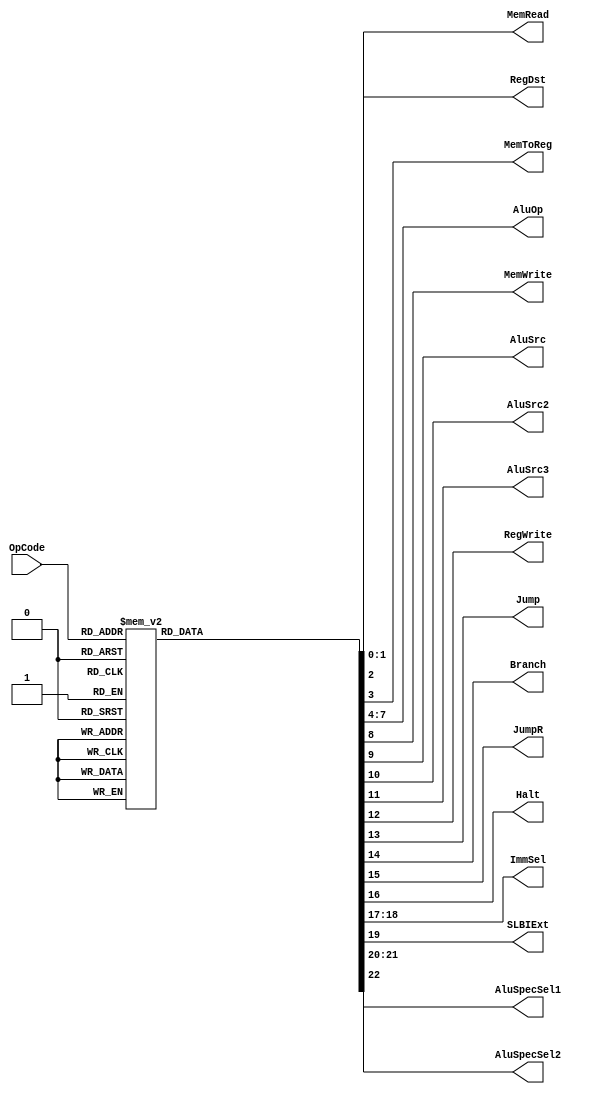
module control(OpCode, RegDst, MemRead, MemToReg, AluOp, MemWrite, AluSrc, AluSrc2, AluSrc3, RegWrite, Jump, Branch, JumpR, Halt, ImmSel, SLBIExt, AluSpecSel1, AluSpecSel2);

input[4:0] OpCode;
output reg[1:0] RegDst, ImmSel, AluSpecSel1;
output reg MemRead, MemToReg, MemWrite, AluSrc, AluSrc2, AluSrc3, RegWrite, Jump, Branch, JumpR, Halt, SLBIExt, AluSpecSel2;
output reg[3:0] AluOp;


always @ (OpCode)
case(OpCode)

5'b00000: begin
RegDst = 2'b00;
MemRead = 1'b0;
MemToReg = 1'b0;
AluOp = 4'b0000;
MemWrite = 1'b0;
AluSrc = 1'b0;
AluSrc2 = 1'b0;
AluSrc3 = 1'b0;
RegWrite = 1'b0;
Jump = 1'b0;
Branch =1'b0;
JumpR = 1'b0;
Halt = 1'b1;
ImmSel = 2'b00;
SLBIExt = 1'b0;
AluSpecSel1 = 2'b00;
AluSpecSel2 = 1'b0;
end
/////////////////////////////////

5'b00001: begin
RegDst = 2'b00;
MemRead = 1'b0;
MemToReg = 1'b0;
AluOp = 4'b0000;
MemWrite = 1'b0;
AluSrc = 1'b0;
AluSrc2 = 1'b0;
AluSrc3 = 1'b0;
RegWrite = 1'b0;
Jump = 1'b0;
Branch =1'b0;
JumpR = 1'b0;
Halt = 1'b0;
ImmSel = 2'b00;
SLBIExt = 1'b0;
AluSpecSel1 = 2'b00;
AluSpecSel2 = 1'b0;
end
/////////////////////////////////

//5'b00010: begin

//end
/////////////////////////////////

//5'b00011: begin

//end
/////////////////////////////////

5'b00100: begin
RegDst = 2'b00;
MemRead = 1'b0;
MemToReg = 1'b0;
AluOp = 4'b0000;
MemWrite = 1'b0;
AluSrc = 1'b0;
AluSrc2 = 1'b0;
AluSrc3 = 1'b0;
RegWrite = 1'b0;
Jump = 1'b1;
Branch =1'b0;
JumpR = 1'b0;
Halt = 1'b0;
ImmSel = 2'b00;
SLBIExt = 1'b0;
AluSpecSel1 = 2'b00;
AluSpecSel2 = 1'b0;
end
/////////////////////////////////

5'b00101: begin
RegDst = 2'b00;
MemRead = 1'b0;
MemToReg = 1'b0;
AluOp = 4'b0000;
MemWrite = 1'b0;
AluSrc = 1'b0;
AluSrc2 = 1'b0;
AluSrc3 = 1'b0;
RegWrite = 1'b0;
Jump = 1'b1;
Branch =1'b0;
JumpR = 1'b1;
Halt = 1'b0;
ImmSel = 2'b00;
SLBIExt = 1'b0;
AluSpecSel1 = 2'b00;
AluSpecSel2 = 1'b0;
end
/////////////////////////////////

5'b00110: begin
RegDst = 2'b11;
MemRead = 1'b0;
MemToReg = 1'b0;
AluOp = 4'b1110;
MemWrite = 1'b0;
AluSrc = 1'b0;
AluSrc2 = 1'b1;
AluSrc3 = 1'b1;
RegWrite = 1'b1;
Jump = 1'b1;
Branch =1'b0;
JumpR = 1'b0;
Halt = 1'b0;
ImmSel = 2'b00;
SLBIExt = 1'b0;
AluSpecSel1 = 2'b00;
AluSpecSel2 = 1'b0;
end
/////////////////////////////////

5'b00111: begin
RegDst = 2'b11;
MemRead = 1'b0;
MemToReg = 1'b0;
AluOp = 4'b1110;
MemWrite = 1'b0;
AluSrc = 1'b0;
AluSrc2 = 1'b1;
AluSrc3 = 1'b1;
RegWrite = 1'b1;
Jump = 1'b1;
Branch =1'b0;
JumpR = 1'b1;
Halt = 1'b0;
ImmSel = 2'b00;
SLBIExt = 1'b0;
AluSpecSel1 = 2'b00;
AluSpecSel2 = 1'b0;
end
/////////////////////////////////

5'b01000: begin
RegDst = 2'b00;
MemRead = 1'b0;
MemToReg = 1'b0;
AluOp = 4'b0100;
MemWrite = 1'b0;
AluSrc = 1'b1;
AluSrc2 = 1'b0;
AluSrc3 = 1'b0;
RegWrite = 1'b1;
Jump = 1'b0;
Branch =1'b0;
JumpR = 1'b0;
Halt = 1'b0;
ImmSel = 2'b10;
SLBIExt = 1'b0;
AluSpecSel1 = 2'b00;
AluSpecSel2 = 1'b1;
end
/////////////////////////////////

5'b01001: begin
RegDst = 2'b00;
MemRead = 1'b0;
MemToReg = 1'b0;
AluOp = 4'b0100;
MemWrite = 1'b0;
AluSrc = 1'b1;
AluSrc2 = 1'b0;
AluSrc3 = 1'b0;
RegWrite = 1'b1;
Jump = 1'b0;
Branch =1'b0;
JumpR = 1'b0;
Halt = 1'b0;
ImmSel = 2'b10;
SLBIExt = 1'b0;
AluSpecSel1 = 2'b01;
AluSpecSel2 = 1'b1;
end
/////////////////////////////////

5'b01010: begin
RegDst = 2'b00;
MemRead = 1'b0;
MemToReg = 1'b0;
AluOp = 4'b0100;
MemWrite = 1'b0;
AluSrc = 1'b1;
AluSrc2 = 1'b0;
AluSrc3 = 1'b0;
RegWrite = 1'b1;
Jump = 1'b0;
Branch =1'b0;
JumpR = 1'b0;
Halt = 1'b0;
ImmSel = 2'b01;
SLBIExt = 1'b0;
AluSpecSel1 = 2'b10;
AluSpecSel2 = 1'b1;
end
/////////////////////////////////

5'b01011: begin
RegDst = 2'b00;
MemRead = 1'b0;
MemToReg = 1'b0;
AluOp = 4'b0100;
MemWrite = 1'b0;
AluSrc = 1'b1;
AluSrc2 = 1'b0;
AluSrc3 = 1'b0;
RegWrite = 1'b1;
Jump = 1'b0;
Branch =1'b0;
JumpR = 1'b0;
Halt = 1'b0;
ImmSel = 2'b01;
SLBIExt = 1'b0;
AluSpecSel1 = 2'b11;
AluSpecSel2 = 1'b1;
end
/////////////////////////////////

5'b01100: begin
RegDst = 2'b00;
MemRead = 1'b0;
MemToReg = 1'b0;
AluOp = 4'b0110;
MemWrite = 1'b0;
AluSrc = 1'b0;
AluSrc2 = 1'b0;
AluSrc3 = 1'b0;
RegWrite = 1'b0;
Jump = 1'b0;
Branch =1'b1;
JumpR = 1'b0;
Halt = 1'b0;
ImmSel = 2'b00;
SLBIExt = 1'b0;
AluSpecSel1 = 2'b00;
AluSpecSel2 = 1'b0;
end
/////////////////////////////////

5'b01101: begin
RegDst = 2'b00;
MemRead = 1'b0;
MemToReg = 1'b0;
AluOp = 4'b0111;
MemWrite = 1'b0;
AluSrc = 1'b0;
AluSrc2 = 1'b0;
AluSrc3 = 1'b0;
RegWrite = 1'b0;
Jump = 1'b0;
Branch =1'b1;
JumpR = 1'b0;
Halt = 1'b0;
ImmSel = 2'b00;
SLBIExt = 1'b0;
AluSpecSel1 = 2'b00;
AluSpecSel2 = 1'b0;
end
/////////////////////////////////

5'b01110: begin
RegDst = 2'b00;
MemRead = 1'b0;
MemToReg = 1'b0;
AluOp = 4'b1000;
MemWrite = 1'b0;
AluSrc = 1'b0;
AluSrc2 = 1'b0;
AluSrc3 = 1'b0;
RegWrite = 1'b0;
Jump = 1'b0;
Branch =1'b1;
JumpR = 1'b0;
Halt = 1'b0;
ImmSel = 2'b00;
SLBIExt = 1'b0;
AluSpecSel1 = 2'b00;
AluSpecSel2 = 1'b0;
end
/////////////////////////////////

5'b01111: begin
RegDst = 2'b00;
MemRead = 1'b0;
MemToReg = 1'b0;
AluOp = 4'b1001;
MemWrite = 1'b0;
AluSrc = 1'b0;
AluSrc2 = 1'b0;
AluSrc3 = 1'b0;
RegWrite = 1'b0;
Jump = 1'b0;
Branch =1'b1;
JumpR = 1'b0;
Halt = 1'b0;
ImmSel = 2'b00;
SLBIExt = 1'b0;
AluSpecSel1 = 2'b00;
AluSpecSel2 = 1'b0;
end
/////////////////////////////////

5'b10000: begin
RegDst = 2'b00;
MemRead = 1'b0;
MemToReg = 1'b0;
AluOp = 4'b0100;
MemWrite = 1'b1;
AluSrc = 1'b1;
AluSrc2 = 1'b0;
AluSrc3 = 1'b0;
RegWrite = 1'b0;
Jump = 1'b0;
Branch =1'b0;
JumpR = 1'b0;
Halt = 1'b0;
ImmSel = 2'b10;
SLBIExt = 1'b0;
AluSpecSel1 = 2'b00;
AluSpecSel2 = 1'b1;
end
/////////////////////////////////

5'b10001: begin
RegDst = 2'b00;
MemRead = 1'b1;
MemToReg = 1'b1;
AluOp = 4'b0100;
MemWrite = 1'b0;
AluSrc = 1'b1;
AluSrc2 = 1'b0;
AluSrc3 = 1'b0;
RegWrite = 1'b1;
Jump = 1'b0;
Branch =1'b0;
JumpR = 1'b0;
Halt = 1'b0;
ImmSel = 2'b10;
SLBIExt = 1'b0;
AluSpecSel1 = 2'b00;
AluSpecSel2 = 1'b1;
end
/////////////////////////////////

5'b10010: begin
RegDst = 2'b01;
MemRead = 1'b0;
MemToReg = 1'b0;
AluOp = 4'b0010;
MemWrite = 1'b0;
AluSrc = 1'b1;
AluSrc2 = 1'b0;
AluSrc3 = 1'b0;
RegWrite = 1'b1;
Jump = 1'b0;
Branch =1'b0;
JumpR = 1'b0;
Halt = 1'b0;
ImmSel = 2'b00;
SLBIExt = 1'b1;
AluSpecSel1 = 2'b00;
AluSpecSel2 = 1'b0;
end
/////////////////////////////////

5'b10011: begin
RegDst = 2'b01;
MemRead = 1'b0;
MemToReg = 1'b0;
AluOp = 4'b0100;
MemWrite = 1'b1;
AluSrc = 1'b1;
AluSrc2 = 1'b0;
AluSrc3 = 1'b0;
RegWrite = 1'b1;
Jump = 1'b0;
Branch =1'b0;
JumpR = 1'b0;
Halt = 1'b0;
ImmSel = 2'b10;
SLBIExt = 1'b0;
AluSpecSel1 = 2'b00;
AluSpecSel2 = 1'b1;
end
/////////////////////////////////

5'b10100: begin
RegDst = 2'b00;
MemRead = 1'b0;
MemToReg = 1'b0;
AluOp = 4'b0101;
MemWrite = 1'b0;
AluSrc = 1'b1;
AluSrc2 = 1'b0;
AluSrc3 = 1'b0;
RegWrite = 1'b1;
Jump = 1'b0;
Branch =1'b0;
JumpR = 1'b0;
Halt = 1'b0;
ImmSel = 2'b11;
SLBIExt = 1'b0;
AluSpecSel1 = 2'b00;
AluSpecSel2 = 1'b1;
end
/////////////////////////////////

5'b10101: begin
RegDst = 2'b00;
MemRead = 1'b0;
MemToReg = 1'b0;
AluOp = 4'b0101;
MemWrite = 1'b0;
AluSrc = 1'b1;
AluSrc2 = 1'b0;
AluSrc3 = 1'b0;
RegWrite = 1'b1;
Jump = 1'b0;
Branch =1'b0;
JumpR = 1'b0;
Halt = 1'b0;
ImmSel = 2'b11;
SLBIExt = 1'b0;
AluSpecSel1 = 2'b01;
AluSpecSel2 = 1'b1;
end
/////////////////////////////////

5'b10110: begin
RegDst = 2'b00;
MemRead = 1'b0;
MemToReg = 1'b0;
AluOp = 4'b0101;
MemWrite = 1'b0;
AluSrc = 1'b1;
AluSrc2 = 1'b0;
AluSrc3 = 1'b0;
RegWrite = 1'b1;
Jump = 1'b0;
Branch =1'b0;
JumpR = 1'b0;
Halt = 1'b0;
ImmSel = 2'b11;
SLBIExt = 1'b0;
AluSpecSel1 = 2'b10;
AluSpecSel2 = 1'b1;
end
/////////////////////////////////

5'b10111: begin
RegDst = 2'b00;
MemRead = 1'b0;
MemToReg = 1'b0;
AluOp = 4'b0101;
MemWrite = 1'b0;
AluSrc = 1'b1;
AluSrc2 = 1'b0;
AluSrc3 = 1'b0;
RegWrite = 1'b1;
Jump = 1'b0;
Branch =1'b0;
JumpR = 1'b0;
Halt = 1'b0;
ImmSel = 2'b11;
SLBIExt = 1'b0;
AluSpecSel1 = 2'b11;
AluSpecSel2 = 1'b1;
end
/////////////////////////////////

5'b11000: begin
RegDst = 2'b01;
MemRead = 1'b0;
MemToReg = 1'b0;
AluOp = 4'b0001;
MemWrite = 1'b0;
AluSrc = 1'b1;
AluSrc2 = 1'b0;
AluSrc3 = 1'b0;
RegWrite = 1'b1;
Jump = 1'b0;
Branch =1'b0;
JumpR = 1'b0;
Halt = 1'b0;
ImmSel = 2'b00;
SLBIExt = 1'b0;
AluSpecSel1 = 2'b00;
AluSpecSel2 = 1'b0;
end
/////////////////////////////////

5'b11001: begin
RegDst = 2'b10;
MemRead = 1'b0;
MemToReg = 1'b0;
AluOp = 4'b0011;
MemWrite = 1'b0;
AluSrc = 1'b0;
AluSrc2 = 1'b0;
AluSrc3 = 1'b0;
RegWrite = 1'b1;
Jump = 1'b0;
Branch =1'b0;
JumpR = 1'b0;
Halt = 1'b0;
ImmSel = 2'b00;
SLBIExt = 1'b0;
AluSpecSel1 = 2'b00;
AluSpecSel2 = 1'b0;
end
/////////////////////////////////

5'b11010: begin
RegDst = 2'b10;
MemRead = 1'b0;
MemToReg = 1'b0;
AluOp = 4'b0101;
MemWrite = 1'b0;
AluSrc = 1'b0;
AluSrc2 = 1'b0;
AluSrc3 = 1'b0;
RegWrite = 1'b1;
Jump = 1'b0;
Branch =1'b0;
JumpR = 1'b0;
Halt = 1'b0;
ImmSel = 2'b00;
SLBIExt = 1'b0;
AluSpecSel1 = 2'b00;
AluSpecSel2 = 1'b0;
end
/////////////////////////////////

5'b11011: begin
RegDst = 2'b10;
MemRead = 1'b0;
MemToReg = 1'b0;
AluOp = 4'b0100;
MemWrite = 1'b0;
AluSrc = 1'b0;
AluSrc2 = 1'b0;
AluSrc3 = 1'b0;
RegWrite = 1'b1;
Jump = 1'b0;
Branch =1'b0;
JumpR = 1'b0;
Halt = 1'b0;
ImmSel = 2'b00;
SLBIExt = 1'b0;
AluSpecSel1 = 2'b00;
AluSpecSel2 = 1'b0;
end
/////////////////////////////////

5'b11100: begin
RegDst = 2'b10;
MemRead = 1'b0;
MemToReg = 1'b0;
AluOp = 4'b1011;
MemWrite = 1'b0;
AluSrc = 1'b0;
AluSrc2 = 1'b0;
AluSrc3 = 1'b0;
RegWrite = 1'b1;
Jump = 1'b0;
Branch =1'b0;
JumpR = 1'b0;
Halt = 1'b0;
ImmSel = 2'b00;
SLBIExt = 1'b0;
AluSpecSel1 = 2'b00;
AluSpecSel2 = 1'b0;
end
/////////////////////////////////

5'b11101: begin
RegDst = 2'b10;
MemRead = 1'b0;
MemToReg = 1'b0;
AluOp = 4'b1100;
MemWrite = 1'b0;
AluSrc = 1'b0;
AluSrc2 = 1'b0;
AluSrc3 = 1'b0;
RegWrite = 1'b1;
Jump = 1'b0;
Branch =1'b0;
JumpR = 1'b0;
Halt = 1'b0;
ImmSel = 2'b00;
SLBIExt = 1'b0;
AluSpecSel1 = 2'b00;
AluSpecSel2 = 1'b0;
end
/////////////////////////////////

5'b11110: begin
RegDst = 2'b10;
MemRead = 1'b0;
MemToReg = 1'b0;
AluOp = 4'b1101;
MemWrite = 1'b0;
AluSrc = 1'b0;
AluSrc2 = 1'b0;
AluSrc3 = 1'b0;
RegWrite = 1'b1;
Jump = 1'b0;
Branch =1'b0;
JumpR = 1'b0;
Halt = 1'b0;
ImmSel = 2'b00;
SLBIExt = 1'b0;
AluSpecSel1 = 2'b00;
AluSpecSel2 = 1'b0;
end
/////////////////////////////////

5'b11111: begin
RegDst = 2'b10;
MemRead = 1'b0;
MemToReg = 1'b0;
AluOp = 4'b1010;
MemWrite = 1'b0;
AluSrc = 1'b0;
AluSrc2 = 1'b0;
AluSrc3 = 1'b0;
RegWrite = 1'b1;
Jump = 1'b0;
Branch =1'b0;
JumpR = 1'b0;
Halt = 1'b0;
ImmSel = 2'b00;
SLBIExt = 1'b0;
AluSpecSel1 = 2'b00;
AluSpecSel2 = 1'b0;
end
/////////////////////////////////

default: begin
RegDst = 1'bz;
MemRead = 1'bz;
MemToReg = 1'bz;
AluOp = 4'bzzzz;
MemWrite = 1'bz;
AluSrc = 1'bz;
AluSrc2 = 1'bz;
AluSrc3 = 1'bz;
RegWrite = 1'bz;
Jump = 1'bz;
Branch =1'bz;
JumpR = 1'bz;
Halt = 1'bz;
ImmSel = 2'bzz;
SLBIExt = 1'bz;
AluSpecSel1 = 2'bzz;
AluSpecSel2 = 1'bz;
end
endcase
endmodule